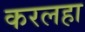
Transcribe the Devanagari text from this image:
करलहा